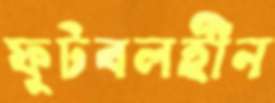
ফুটবলহীন